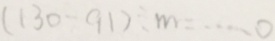
( 1 3 0 - 9 1 ) \div m = \cdots o